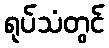
ရုပ်သံတွင်